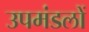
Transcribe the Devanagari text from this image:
उपमंडलों